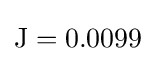
\mathrm {J} =0.0099